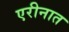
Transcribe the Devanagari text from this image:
एरीनात